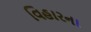
વિહારના